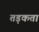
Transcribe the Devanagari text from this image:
तड़कता